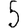
Digit: 5